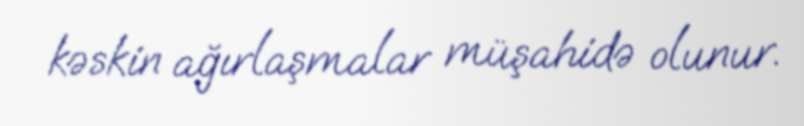
kəskin ağırlaşmalar müşahidə olunur.